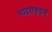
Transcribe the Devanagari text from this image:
मोइराङ्थेम